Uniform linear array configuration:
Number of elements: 24
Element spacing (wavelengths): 0.5
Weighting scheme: uniform
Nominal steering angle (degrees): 0
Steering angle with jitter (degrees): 0.04689
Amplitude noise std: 0.05
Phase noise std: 0.05

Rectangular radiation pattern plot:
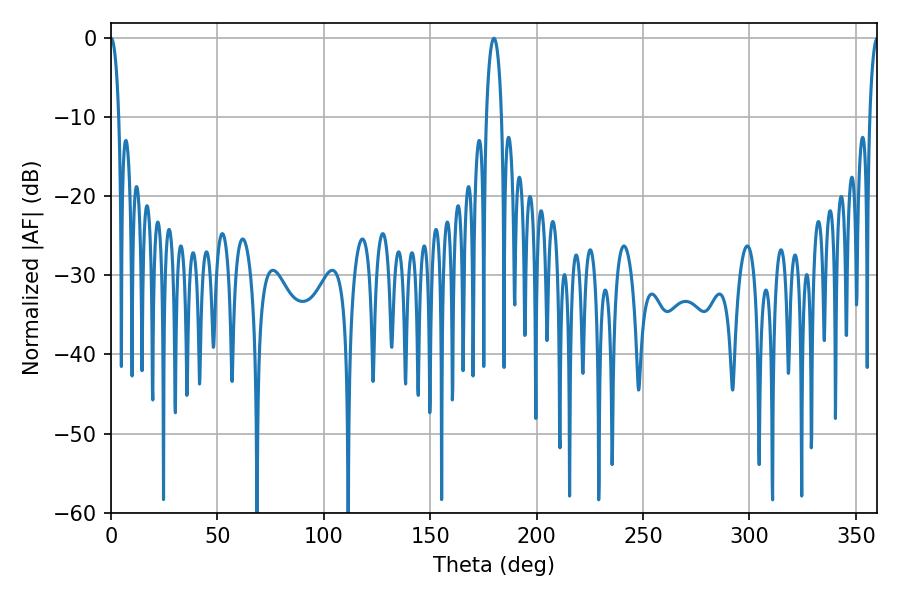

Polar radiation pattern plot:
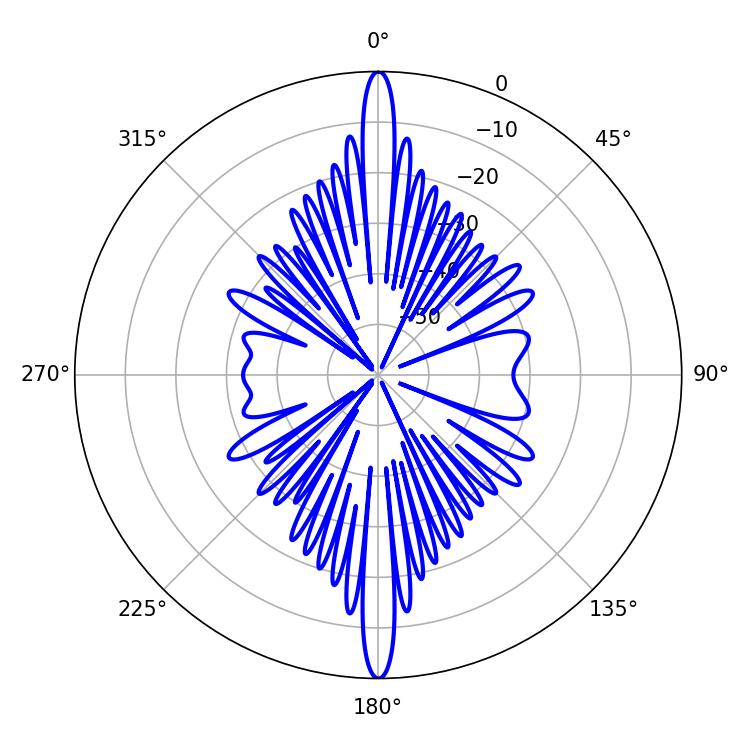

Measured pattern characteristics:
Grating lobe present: FALSE
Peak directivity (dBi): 35.483
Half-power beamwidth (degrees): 2.16
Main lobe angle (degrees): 0